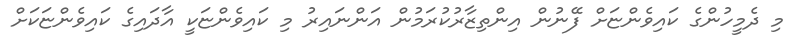
މި ދެމީހުންގެ ކައިވެންޏަށް ފޭނުން އިންތިޒާރުކުރަމުން އަންނައިރު މި ކައިވެންޏަކީ އާދައިގެ ކައިވެންޏަކަށް